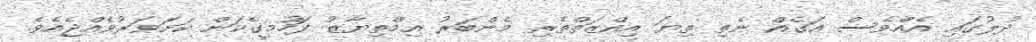
ދުލުގައި އެއްވެސް އަގެއް ނެތި ތިޔަ އިއްޒަތްތެރި މެންބަރު އިމްތިޔާޒު ފަހުމީގެކަން ކަށަވަރުވެއްޖެއެވެ.